NAE_kihelkonnakohtute_kirjad_ja_protokollid_1869-1889, lk 10
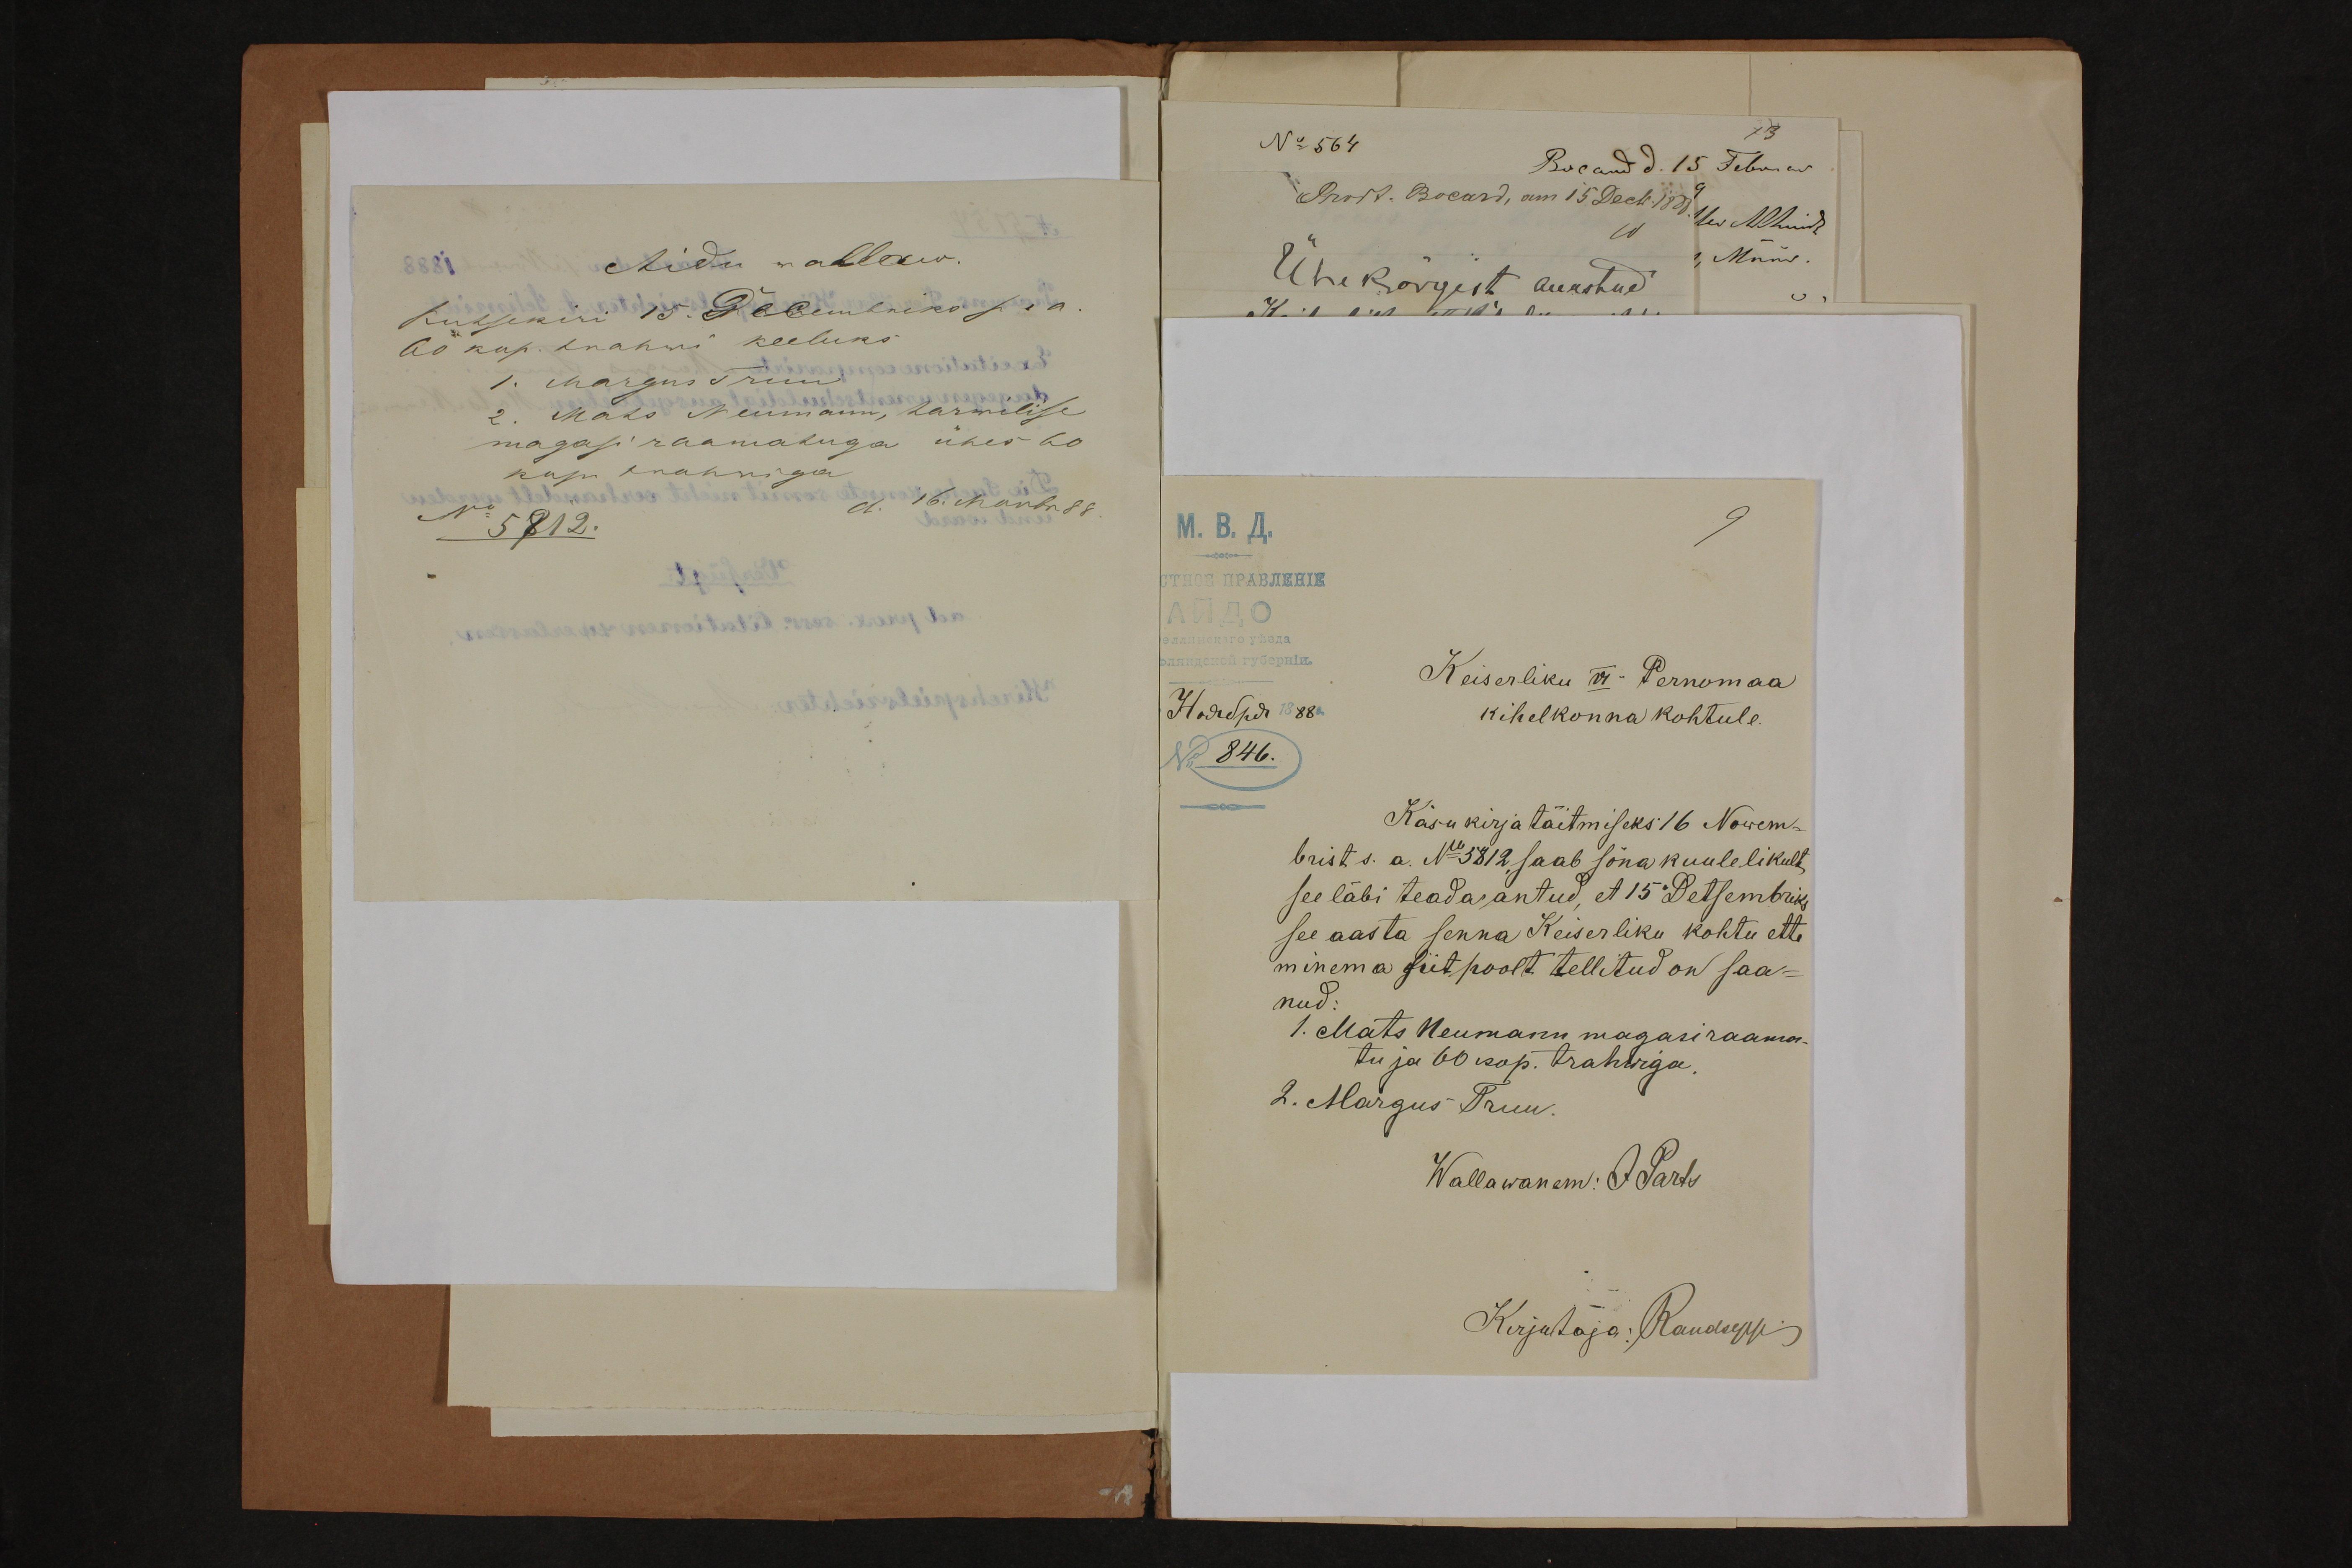
Keiserliku VI Pernomaa
kihelkonna kohtule.
Käsu kirja täitmiseks 16 Nowem-
brist s. a. No: 5812 saab sõnakuulelikult
see läbi teada antud, et 15 Detsembriks
see aasta senna Keiserliku kohtu ette
minema siitpoolt tellitud on saa-
nud:
1. Mats Neumann magasiraama-
tu ja 60 kop. trahwiga.
2. Margus Truu.
Wallawanem: JParts
Kirjutaja: Raudsepp